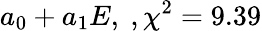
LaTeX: a_{0}+a_{1}E,\ ,\chi^{2}=9.39